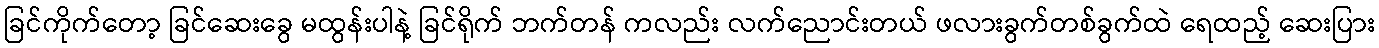
ခြင်ကိုက်တော့ ခြင်ဆေးခွေ မထွန်းပါနဲ့ ခြင်ရိုက် ဘက်တန် ကလည်း လက်ညောင်းတယ် ဖလားခွက်တစ်ခွက်ထဲ ရေထည့် ဆေးပြား